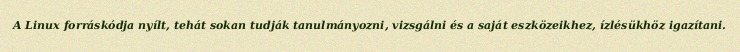
A Linux forráskódja nyílt, tehát sokan tudják tanulmányozni, vizsgálni és a saját eszközeikhez, ízlésükhöz igazítani.